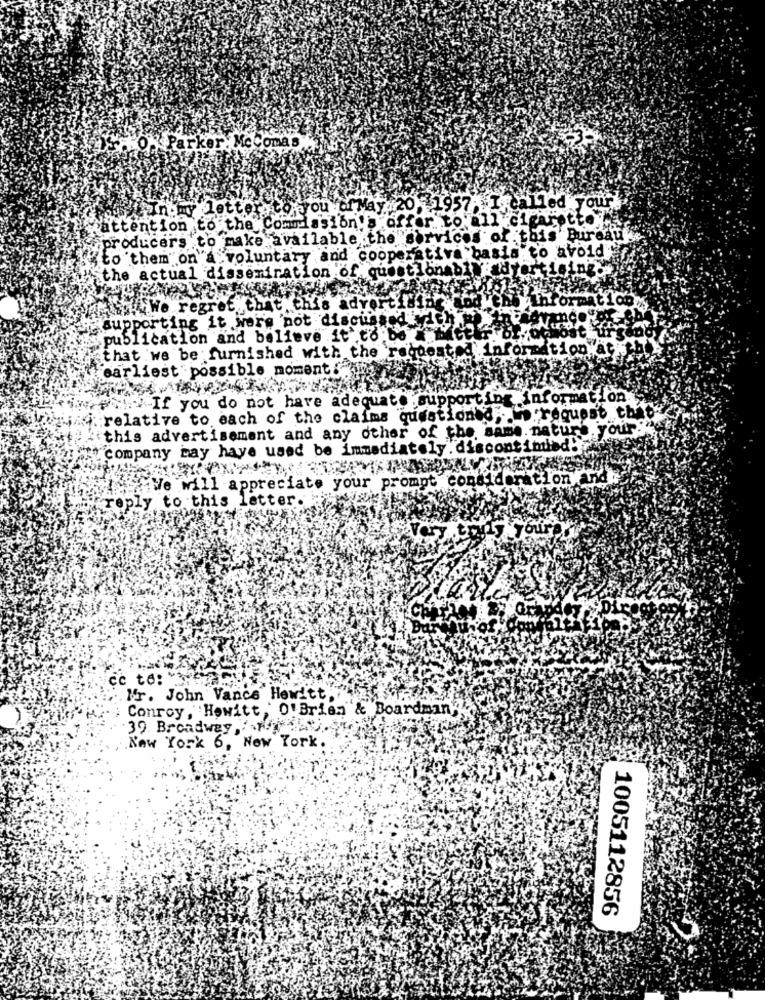
O> Parker, MeComas
yaandmy letter to you of May 20
I called your
attention to the Commission's offer
cigarette
producers to make available the services of
bis Bureau
to them on a voluntary and cooperativa basis to avoid
the actual dissemination of questionably ady
Thformation.
Tip .. We regret that this adverti !!
supporting it wor's 'not discussed with
publication and believe it to:bo # tt
that we be furnished with the requested information at.
earliest possible moment :"
.If you do not have adequate supporting information
relative to each of the claims questioned .... request that
this advertisement and any other of the same nature your:
company bay haye used be immediately . discontimied.
Ve will appreciate your prompt consideration and
reply to this letter.
Ec te: *
Mr. John Vance Hewitt.
Conroy , "Hewitt,' O'Brian & Boardman"
39. Broadway ,Fry.
New York 6, New York.
1005112856